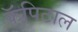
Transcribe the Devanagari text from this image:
कॅपिटाल